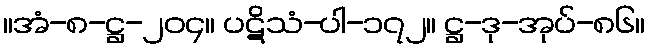
။အံ-၈-ဋ္ဌ-၂၀၄။ ပဋိသံ-ပါ-၁၇၂။ ဋ္ဌ-ဒု-အုပ်-၈၆။